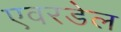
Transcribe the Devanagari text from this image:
एवरडेल